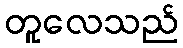
တူလေသည်